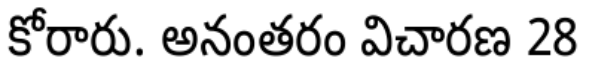
కోరారు. అనంతరం విచారణ 28